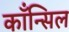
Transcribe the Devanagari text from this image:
काँन्सिल